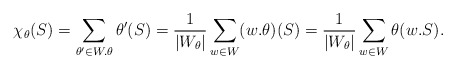
\begin{align*}\chi_\theta(S) = \sum_{\theta'\in W.\theta} \theta'(S)= \frac{1}{|W_\theta|}\sum_{w\in W} (w.\theta)(S) = \frac{1}{|W_\theta|} \sum_{w\in W} \theta(w.S). \end{align*}